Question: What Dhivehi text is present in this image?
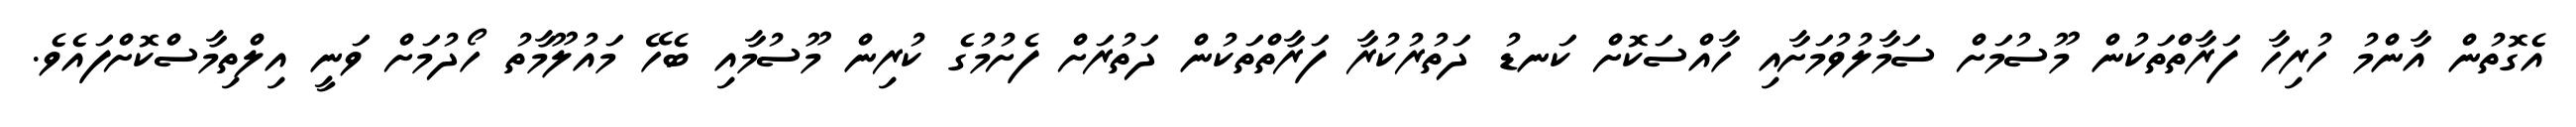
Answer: އެގޮތުން އާންމު ހުރިހާ ފަރާތްތަކުން މޫސުމަށް ސަމާލުވުމަށާއި ހާއްސަކޮށް ކަނޑު ދަތުރުކުރާ ފަރާތްތަކުން ދަތުރަށް ފެށުމުގެ ކުރިން މޫސުމާއި ބެހޭ މައުލޫމާތު ހޯދުމަށް ވަނީ އިލްތިމާސްކޮށްފައެވެ.